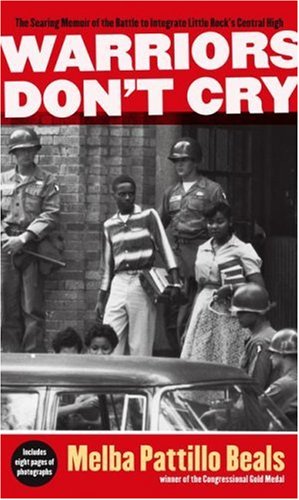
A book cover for Warriors Don't Cry: A Searing Memoir of the Battle to Integrate Little Rock's Central High; Melba Pattillo Beals; History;